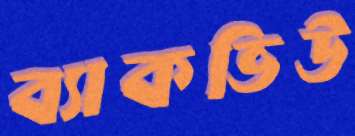
ব্যাকভিউ